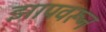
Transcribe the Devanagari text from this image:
झापवरून